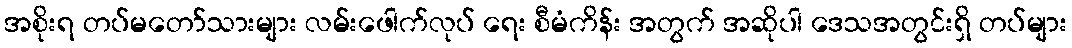
အစိုးရ တပ်မတော်သားများ လမ်းဖေါက်လုပ် ရေး စီမံကိန်း အတွက် အဆိုပါ ဒေသအတွင်းရှိ တပ်များ